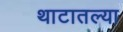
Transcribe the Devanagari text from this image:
थाटातल्या